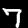
Label: 7